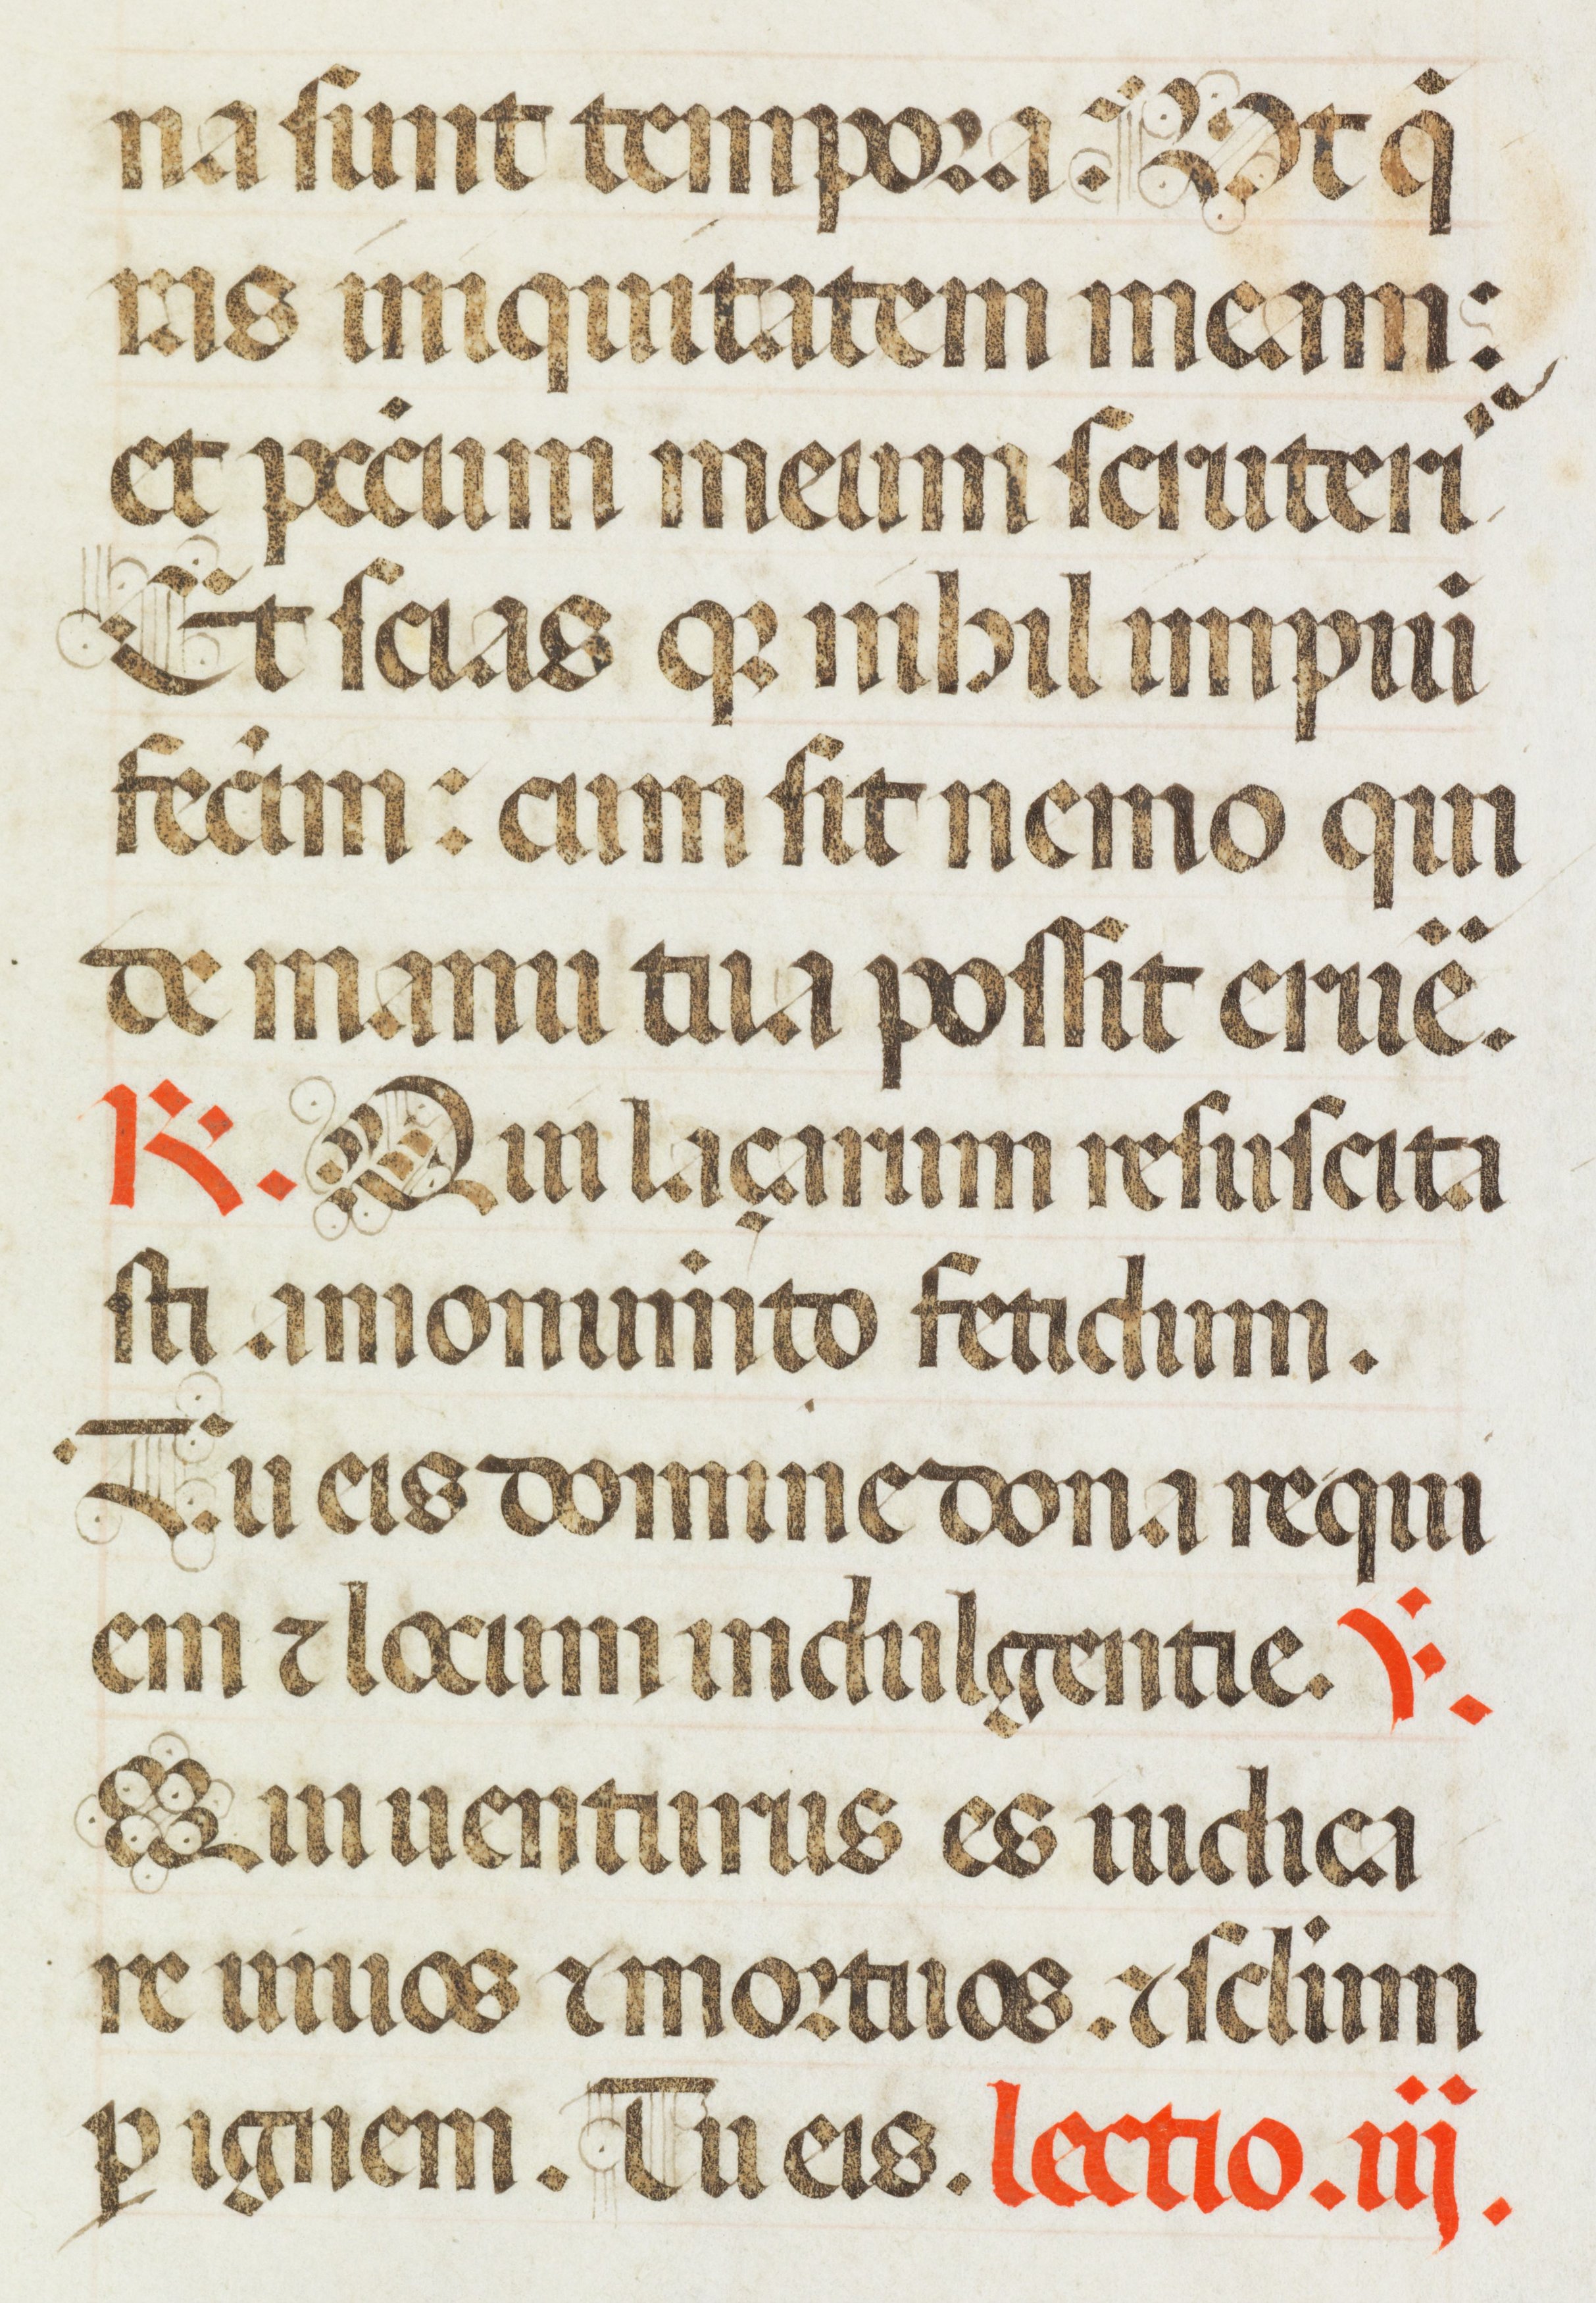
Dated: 1470–1475